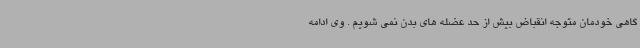
گاهی خودمان متوجه انقباض بیش از حد عضله های بدن نمی شویم . وی ادامه